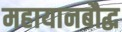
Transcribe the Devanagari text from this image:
महायानबौद्ध